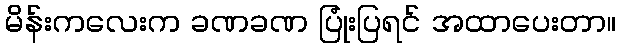
မိန်းကလေးက ခဏခဏ ပြုံးပြရင် အထာပေးတာ။